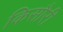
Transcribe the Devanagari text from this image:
किसौरी